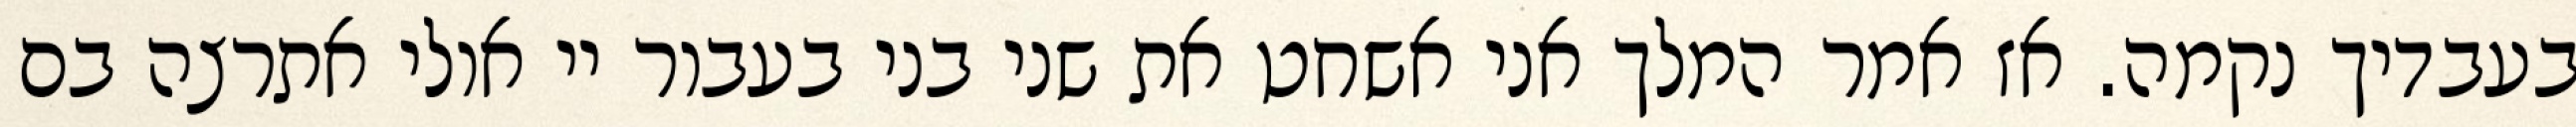
בעבדיך נקמה. אז אמר המלך אני אשחט את שני בני בעבור יי אולי אתרצה בם